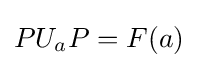
PU_{a}P=F(a)